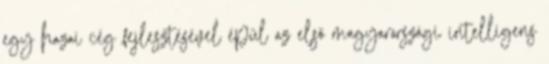
egy hazai cég fejlesztésével épül az első magyarországi intelligens